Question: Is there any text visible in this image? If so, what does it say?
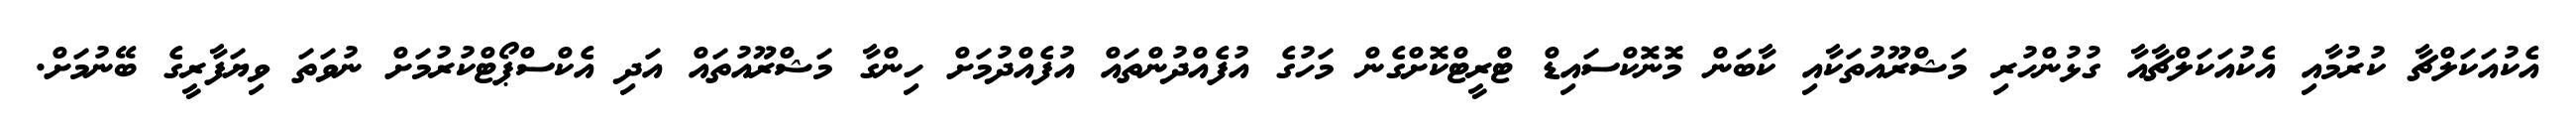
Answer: އެކުއަކަލްޗާ ކުރުމާއި އެކުއަކަލްޗާއާ ގުޅުންހުރި މަޝްރޫއުތަކާއި ކާބަން މޮނޮކްސައިޑް ޓްރީޓްކޮށްގެން މަހުގެ އުފެއްދުންތައް އުފެއްދުމަށް ހިންގާ މަޝްރޫއުތައް އަދި އެކްސްޕޯޓްކުރުމަށް ނުވަތަ ވިޔަފާރީގެ ބޭނުމަށް.